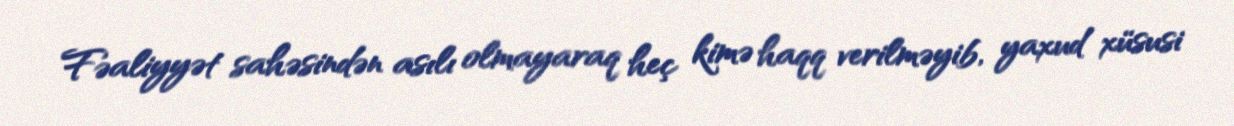
Fəaliyyət sahəsindən asılı olmayaraq heç kimə haqq verilməyib, yaxud xüsusi